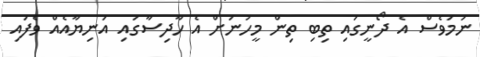
ނަމަވެސް އެ ދޯނީގައި ތިބި ތިން މީހުނަށް އެ ހާދިސާގައި އަނިޔާއެއް ވެފައި